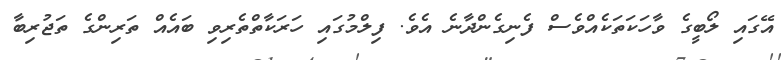
އޭގައި ލޯބީގެ ވާހަކަތަކެއްވެސް ފެނިގެންދާނެ އެވެ. ފިލްމުގައި ހަރަކާތްތެރިވި ބައެއް ތަރިންގެ ތަޖުރިބާ